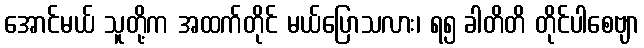
အောင်မယ် သူတို့က အထက်တိုင် မယ်ပြောသလား၊ ရ၅ ခါတိတိ တိုင်ပါစေဗျာ